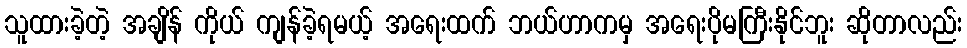
သူထားခဲ့တဲ့ အချိန် ကိုယ် ကျန်ခဲ့ရမယ့် အရေးထက် ဘယ်ဟာကမှ အရေးပိုမကြီးနိုင်ဘူး ဆိုတာလည်း